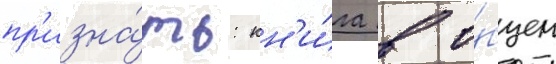
пр'изна́ть: кн'и́га в о́бщем